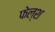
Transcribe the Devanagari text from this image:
फेल्श